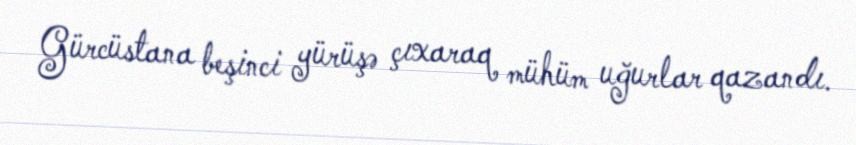
Gürcüstana beşinci yürüşə çıxaraq mühüm uğurlar qazandı.